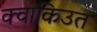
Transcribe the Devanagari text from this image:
क्वाकिउत